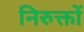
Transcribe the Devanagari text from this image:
निरुक्तों